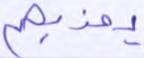
يعذبهم